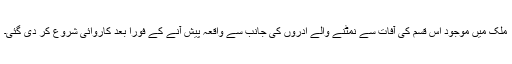
ملک میں موجود اس قسم کی آفات سے نمٹنے والے ادروں کی جانب سے واقعہ پیش آنے کے فوراً بعد کاروائی شروع کر دی گئی۔